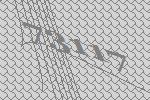
73117